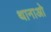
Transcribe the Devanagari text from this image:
थानाओ